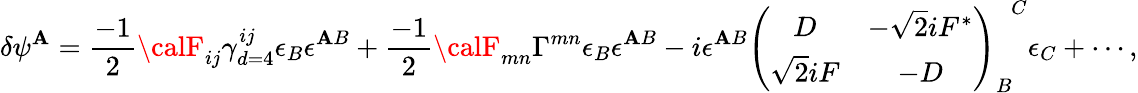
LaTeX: \delta\psi^{\mathbf{A}}=\frac{{-1}}{{2}}{\calF}_{ij}\gamma_{d=4}^{ij}\epsilon_{B}\epsilon^{\mathbf{A}B}+\frac{{-1}}{{2}}{\calF}_{mn}\Gamma^{mn}\epsilon_{B}\epsilon^{\mathbf{A}B}-i\epsilon^{\mathbf{A}B}\left(\begin{array}{cc}{{D}}&{{-\sqrt{2}iF^{*}}}\\ {{\sqrt{2}iF}}&{{-D}}\end{array}\right)_{B}^{~~~C}\epsilon_{C}+\cdots,